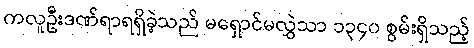
ကလူဦးဒဏ်ရာရရှိခဲ့သည် မရှောင်မလွှဲသာ ၁၃၄၀ စွမ်းရှိသည့်